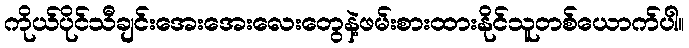
ကိုယ်ပိုင်သီချင်းအေးအေးလေးတွေနဲ့ဖမ်းစားထားနိုင်သူတစ်ယောက်ပါ။